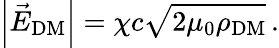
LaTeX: \left|\vec{E}_{\mathrm{DM}}\right|=\chi c\sqrt{2\mu_{0}\rho_{\mathrm{DM}}}\, .